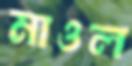
মাওল